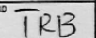
Transcription: TRB